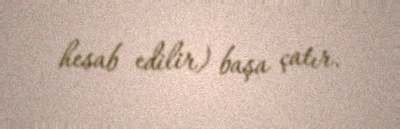
hesab edilir) başa çatır.